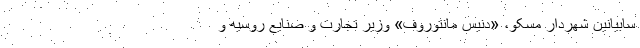
سابیانین شهردار مسکو، «دنیس مانتوروف» وزیر تجارت و صنایع روسیه و